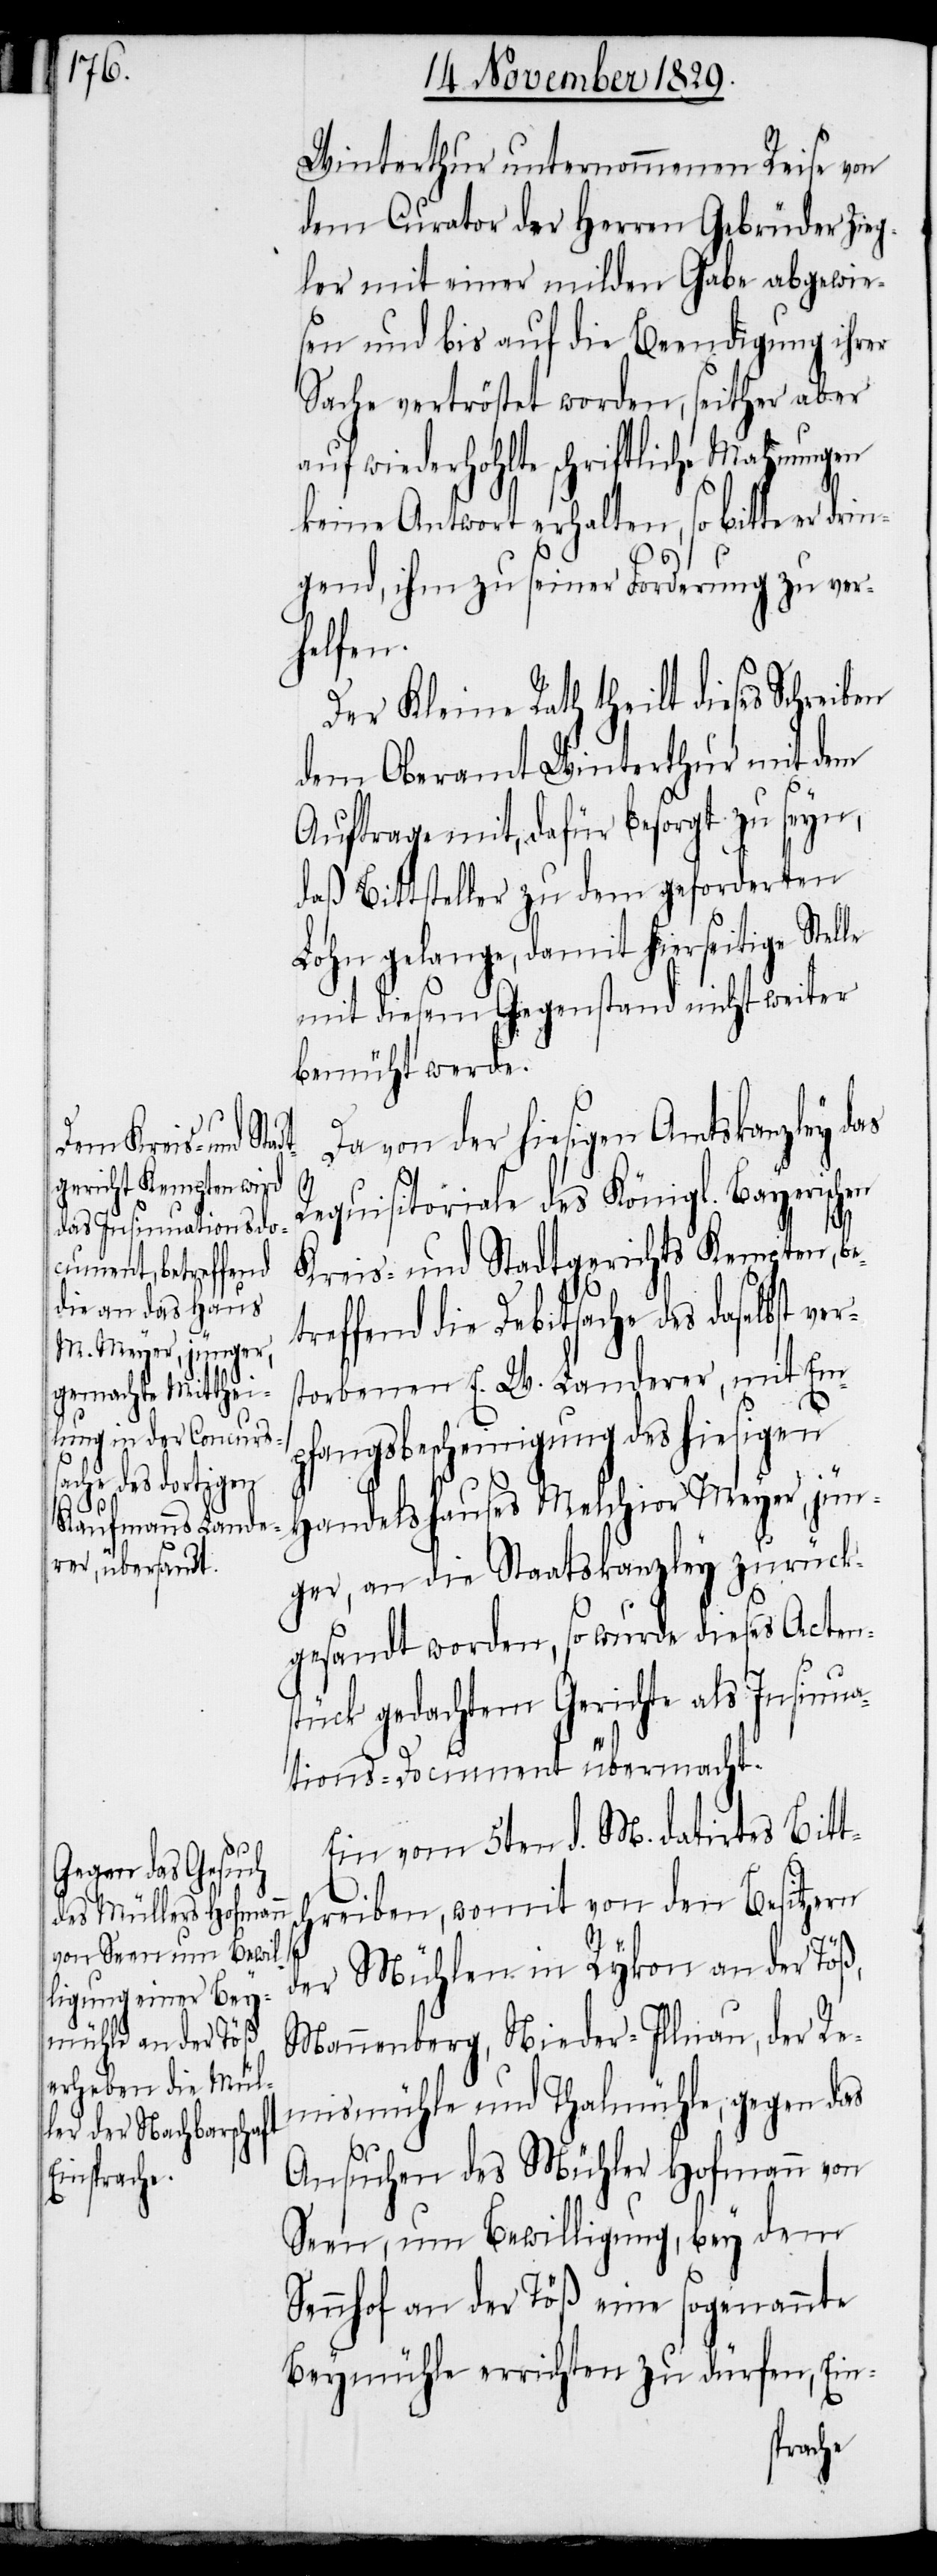
selbst ver¬

Winterthur unternommenen Reise von
dem Curator der Herren Gebrüder Zieg¬
ler mit einer milden Gabe abgewie¬
sen und bis auf die Beendigung ihrer
Sache vertröstet worden, seither aber
auf wiederhohlte schriftliche Mahnungen
keine Antwort erhalten, so bitte er drin¬
gend, ihm zu seiner Forderung zu ver¬
helfen.
Der Kleine Rath theilt dieses Schreiben
dem Oberamt Winterthur mit dem
Auftrage mit, dafür besorgt zu seyn,
daß Bittsteller zu dem geforderten
Lohn gelange, damit hierseitige Stelle
mit diesem Gegenstand nicht weiter
bemüht werde.
Da von der hiesigen Amtskanzley das
s¬
Requisitoriale des Königl. Bayerischen
Kreis- und Stadtgerichts Kempten, b¬
reffend die Debitsache des da¬
storbenen E. W. Landerer, mit Emp¬
fangsbescheinigung des hiesigen
Handelshauses Melchior Meyer, jün¬
ger, an die Staatskanzley zurück¬
gesandt worden, so wurde dieses Acten¬
tück gedachtem Gerichte als Insinu¬
ations-Document übermacht.
Ein vom 5ten d. M. datirtes Bitt¬
chreiben, womit von den Besitzern
der Mühlen in Rykon an der Töß,
Mannenberg, Nieder-Illnau, der Re¬
mismühle und Thalmühle, gegen das
Ansuchen des Mühler Hofmann von
Seen, um Bewilligung, bey dem
Sennhof an der Töß eine sogenannte
Beymühle errichten zu dürfen, Ein-